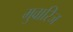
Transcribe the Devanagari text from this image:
मुवारिज